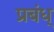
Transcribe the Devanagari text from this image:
प्रबंध्